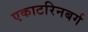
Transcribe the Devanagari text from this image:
एकाटरिनबर्ग